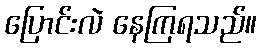
ပြောင်းလဲ နေကြရသည်။